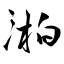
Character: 湐